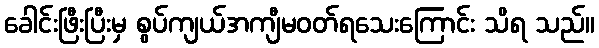
ခေါင်းဖြီးပြီးမှ စွပ်ကျယ်အကျီမဝတ်ရသေးကြောင်း သိရ သည်။